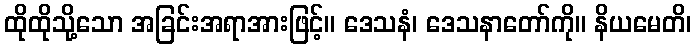
ထိုထိုသို့သော အခြင်းအရာအားဖြင့်။ ဒေသနံ၊ ဒေသနာတော်ကို။ နိယမေတိ၊